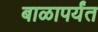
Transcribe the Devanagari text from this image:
बाळापर्यंत